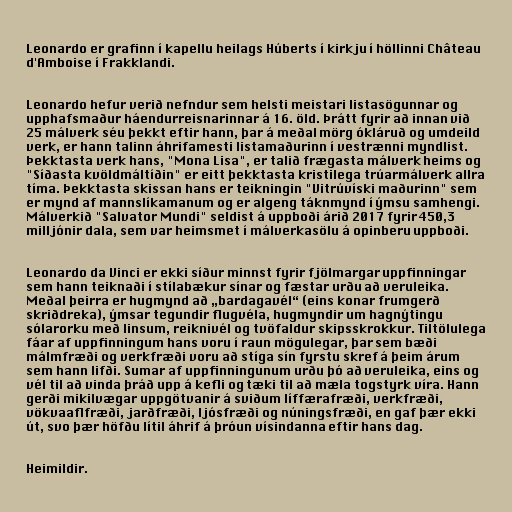
Leonardo er grafinn í kapellu heilags Húberts í kirkju í höllinni Château
d'Amboise í Frakklandi.

Leonardo hefur verið nefndur sem helsti meistari listasögunnar og
upphafsmaður háendurreisnarinnar á 16. öld. Þrátt fyrir að innan við
25 málverk séu þekkt eftir hann, þar á meðal mörg ókláruð og umdeild
verk, er hann talinn áhrifamesti listamaðurinn í vestrænni myndlist.
Þekktasta verk hans, "Mona Lisa", er talið frægasta málverk heims og
"Síðasta kvöldmáltíðin" er eitt þekktasta kristilega trúarmálverk allra
tíma. Þekktasta skissan hans er teikningin "Vitrúvíski maðurinn" sem
er mynd af mannslíkamanum og er algeng táknmynd í ýmsu samhengi.
Málverkið "Salvator Mundi" seldist á uppboði árið 2017 fyrir 450,3
milljónir dala, sem var heimsmet í málverkasölu á opinberu uppboði.

Leonardo da Vinci er ekki síður minnst fyrir fjölmargar uppfinningar
sem hann teiknaði í stílabækur sínar og fæstar urðu að veruleika.
Meðal þeirra er hugmynd að „bardagavél“ (eins konar frumgerð
skriðdreka), ýmsar tegundir flugvéla, hugmyndir um hagnýtingu
sólarorku með linsum, reiknivél og tvöfaldur skipsskrokkur. Tiltölulega
fáar af uppfinningum hans voru í raun mögulegar, þar sem bæði
málmfræði og verkfræði voru að stíga sín fyrstu skref á þeim árum
sem hann lifði. Sumar af uppfinningunum urðu þó að veruleika, eins og
vél til að vinda þráð upp á kefli og tæki til að mæla togstyrk víra. Hann
gerði mikilvægar uppgötvanir á sviðum líffærafræði, verkfræði,
vökvaaflfræði, jarðfræði, ljósfræði og núningsfræði, en gaf þær ekki
út, svo þær höfðu lítil áhrif á þróun vísindanna eftir hans dag.

Heimildir.